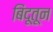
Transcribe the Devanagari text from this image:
बिंदूतून